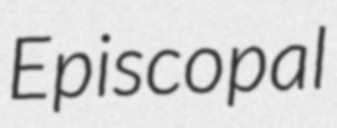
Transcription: Episcopal